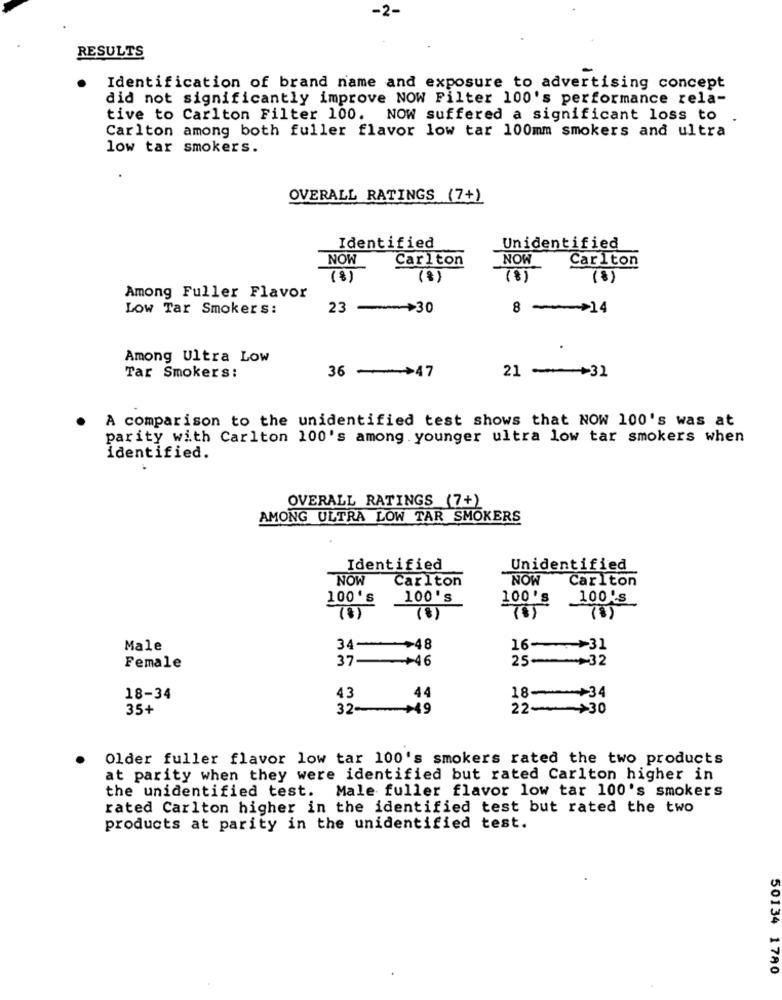
-2-
RESULTS
Identification of brand name and exposure to advertising concept
did not significantly improve NOW Filter 100's performance rela-
tive to Carlton Filter 100.
NOW suffered a significant loss to
Carlton among both fuller flavor low tar 100mm smokers and ultra
low tar smokers.
OVERALL RATINGS (7+)
Identified
Unidentified
NOW
Carlton
NOW
Carlton
(8)
(8)
(8)
(8)
Among Fuller Flavor
Low Tar Smokers:
23 -+30
8 >14
Among Ultra Low
36 -47
21 - +31
Tar Smokers:
A comparison to the unidentified test shows that NOW 100's was at
parity with Carlton 100's among younger ultra low tar smokers when
identified.
OVERALL RATINGS (7+)
AMONG ULTRA LOW TAR SMOKERS
Identified
Unidentified
NOW
Carlton
NOW Carlton
100's
100's
100's
100's
(%)
Male
34-+48
16->31
25-+32
Female
37+46
18-34
43
44
18-+34
35+
32-+49
22->30
Older fuller flavor low tar 100's smokers rated the two products
at parity when they were identified but rated Carlton higher in
the unidentified test. Male fuller flavor low tar 100's smokers
rated Carlton higher in the identified test but rated the two
products at parity in the unidentified test.
50134 1780